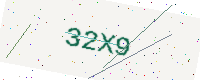
Text: 32X9